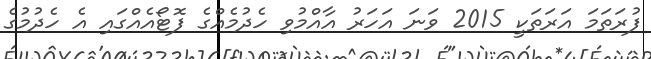
ފުރަތަމަ އަރަތަކީ 2015 ވަނަ އަހަރު އާއްމުވި ހެދުމެއްގެ ފޮޓޯއެއްގައި އެ ހެދުމުގެ